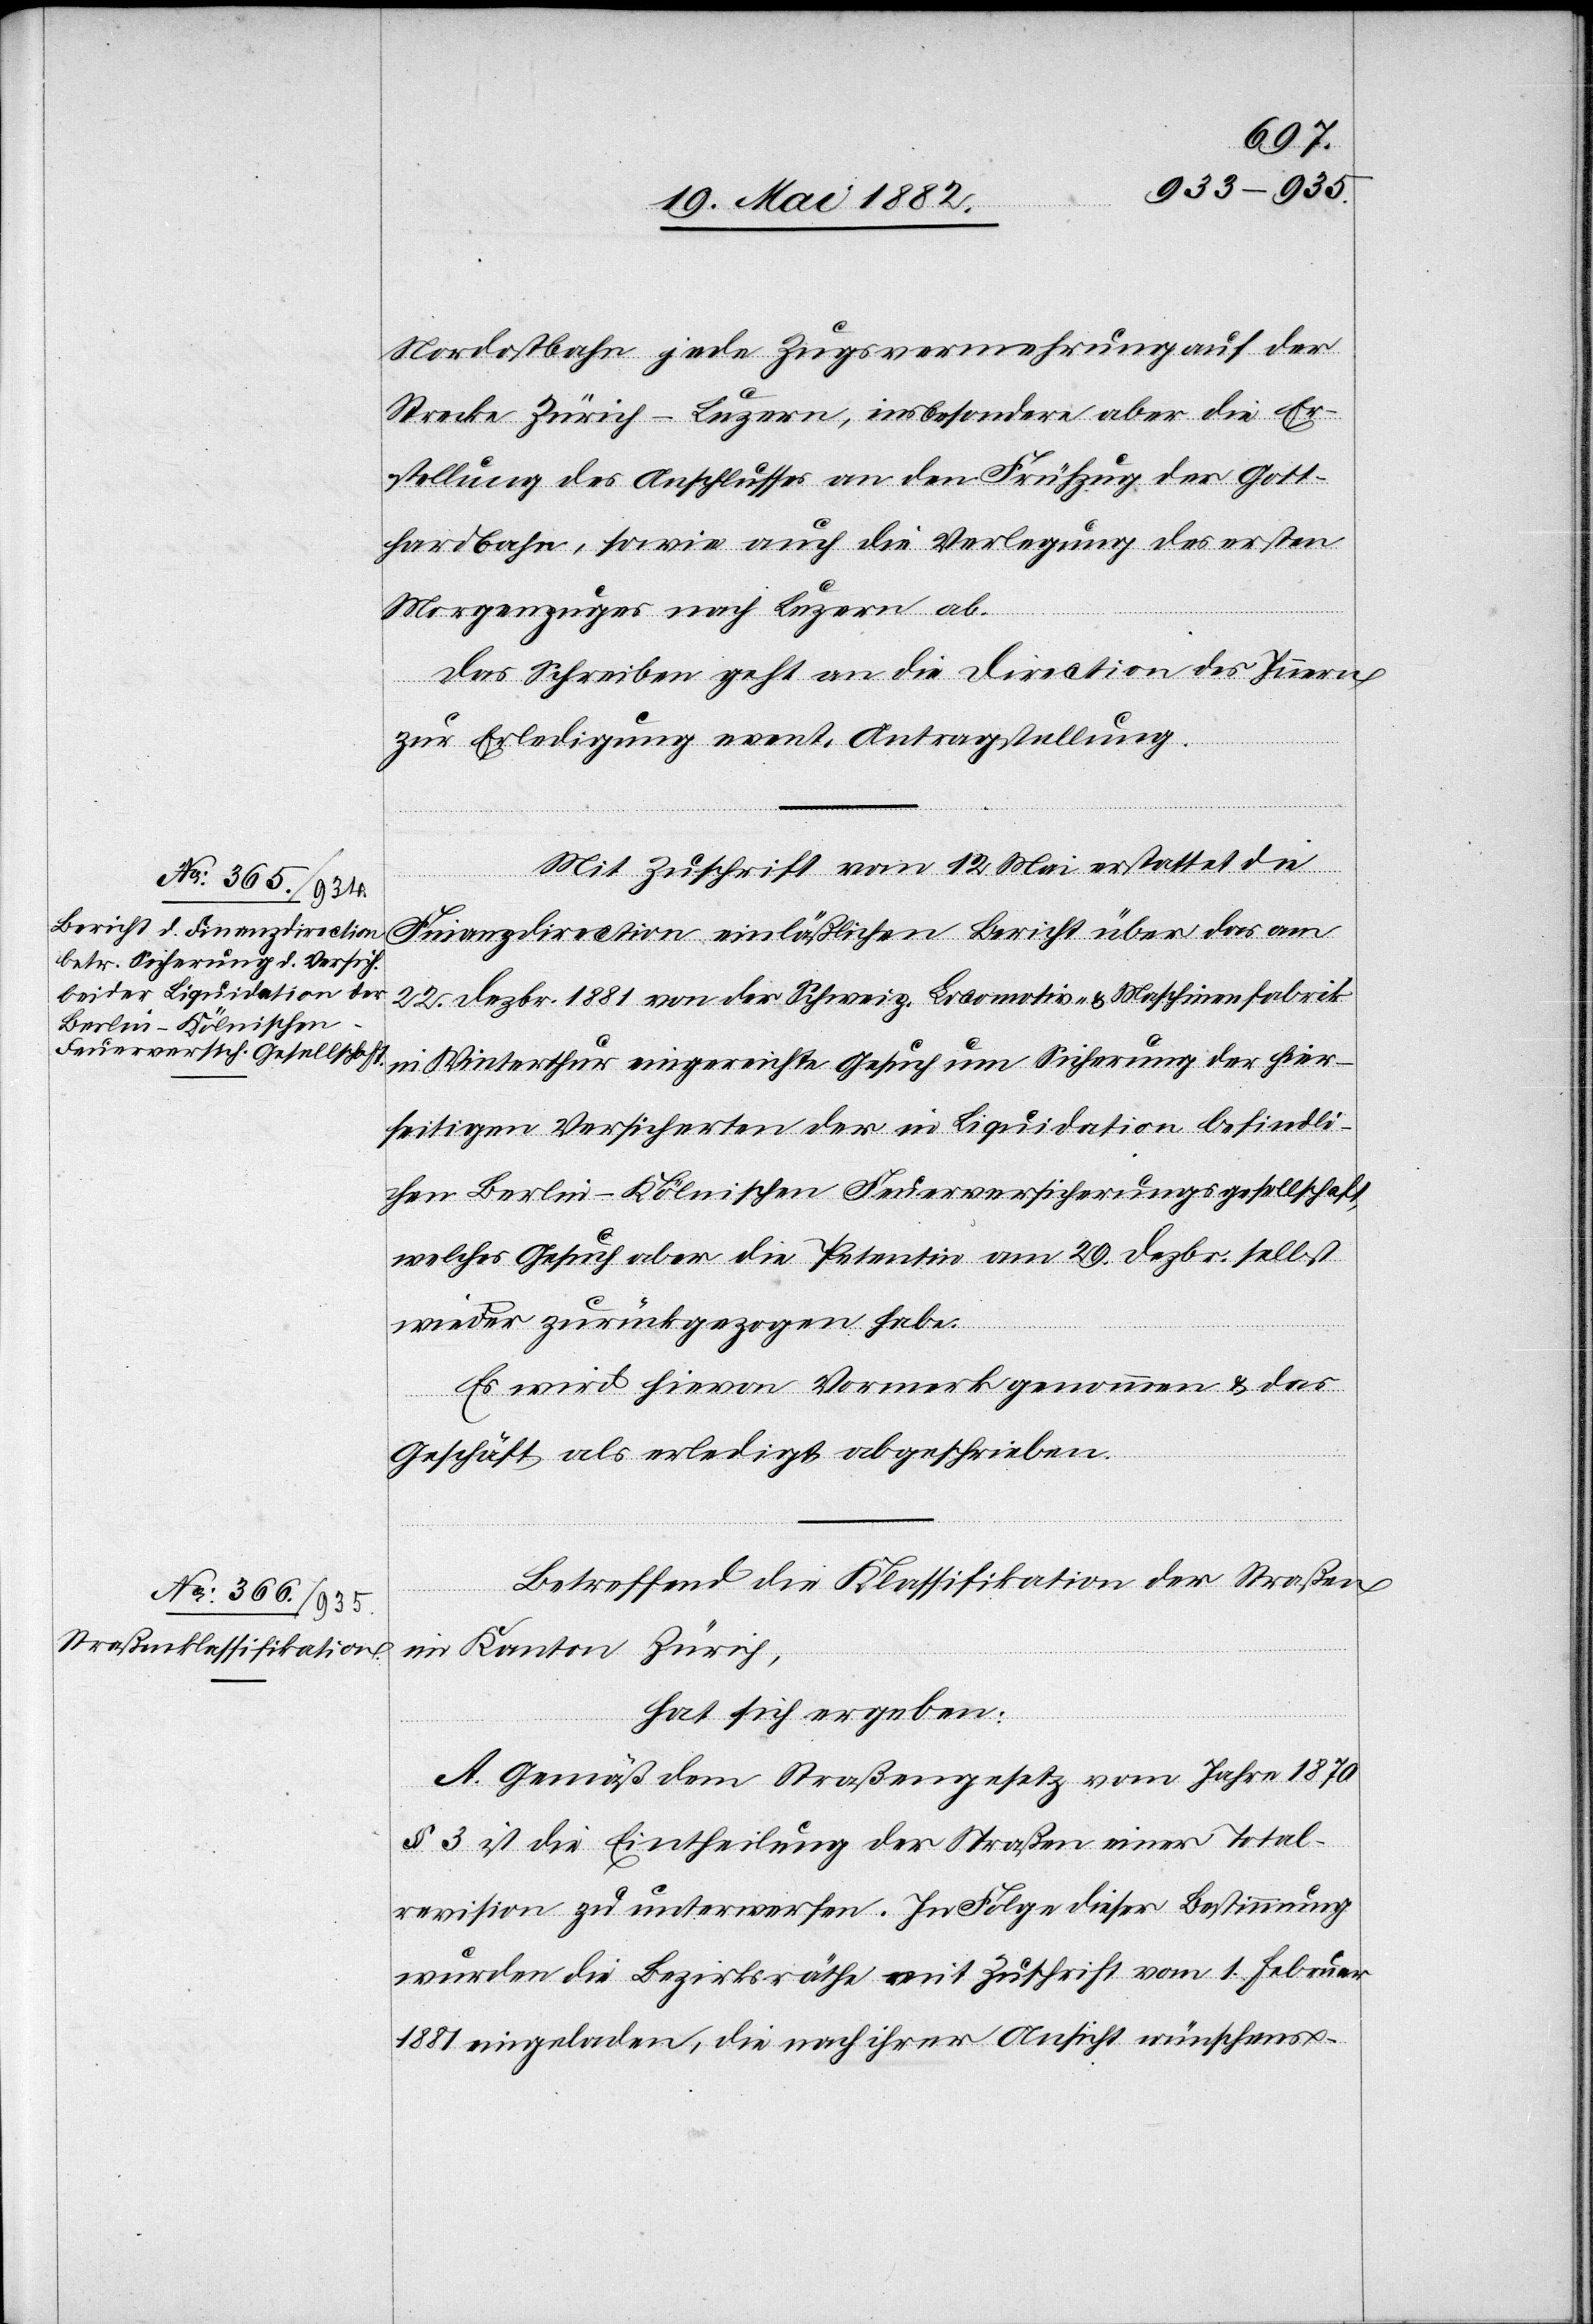
Nordostbahn jede Zugsvermehrung auf der
Strecke Zürich–Luzern, insbesondere aber die Er¬
stellung des Anschlusses an den Frühzug der Gott¬
hardbahn, sowie auch die Verlegung des ersten
Morgenzuges nach Luzern ab.
Das Schreiben geht an die Direction des Innern
zur Erledigung event. Antragstellung.
Mit Zuschrift vom 12. Mai erstattet die
Finanzdirection einläßlichen Bericht über das am
22. Dezbr. 1881 von der Schweiz. Locomotiv- & Maschinenfabrik
in Winterthur eingereichte Gesuch um Sicherung der hier¬
seitigen Versicherten der in Liquidation befindli¬
chen Berlin-Kölnischen Feuerversicherungsgesellschaft,
welches Gesuch aber die Petentin am 29. Dezbr. selbst
wieder zurückgezogen habe.
Es wird hievon Vormerk genommen & das
Geschäft als erledigt abgeschrieben.
Betreffend die Klassifikation der Straßen
im Kanton Zürich,
hat sich ergeben:
A. Gemäß dem Straßengesetz vom Jahre 1870
§ 3 ist die Eintheilung der Straßen einer Total¬
revision zu unterwerfen. In Folge dieser Bestimmung
wurden die Bezirksräthe mit Zuschrift vom 1. Februar
1881 eingeladen, die nach ihrer Ansicht wünschens-